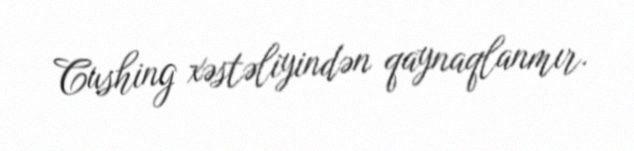
Cushing xəstəliyindən qaynaqlanmır.